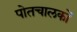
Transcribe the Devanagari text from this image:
पोतचालकों